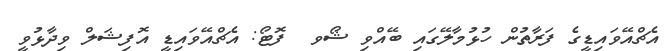
އެޗްއޭވައިޑީގެ ފަރާތުން ހުޅުމާލޭގައި ބޭއްވި ޝޯވ  ފޮޓޯ: އެޗްއޭވައިޑީ އޮފިޝަލް ވިދާޅުވީ